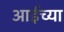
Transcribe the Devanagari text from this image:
आईच्‍या